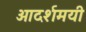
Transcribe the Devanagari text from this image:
आदर्शमयी